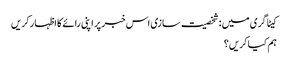
کیٹاگری میں : شخصیت سازی اس خبر پر اپنی رائے کا اظہار کریں
ہم کیا کریں؟